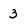
Character: 3